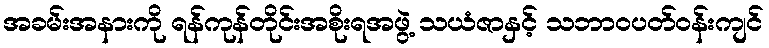
အခမ်းအနားကို ရန်ကုန်တိုင်းအစိုးရအဖွဲ့ သယံဇာနှင့် သဘာဝပတ်ဝန်းကျင်